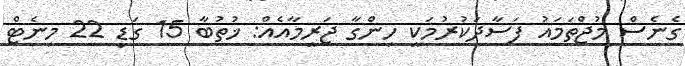
ގެނެސް މުޖްތަމައު ފަސާދަކުރުމަކީ ހިންގާ ޖަރީމާއެއް: ޚުތުބާ 15 ގަޑި 22 މިނެޓް